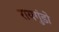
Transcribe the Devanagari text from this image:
रायगुंडो